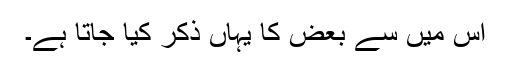
اس میں سے بعض کا یہاں ذکر کیا جاتا ہے۔